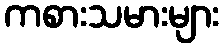
ကစားသမားများ